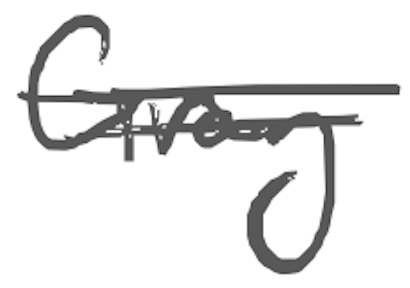
Text: Gray
Cross-out: mix
Writing tool: digital_gray